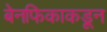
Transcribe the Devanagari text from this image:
बेनफिकाकडून